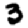
Digit: 3